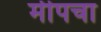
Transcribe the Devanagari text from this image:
मीपचा